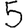
Digit: 5